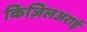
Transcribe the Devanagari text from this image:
किज़िलअराई